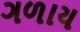
ગળાય